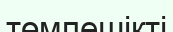
төмпешікті